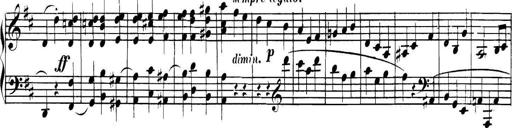
Title: Collected Piano Sonatas
Composer: Muzio Clementi